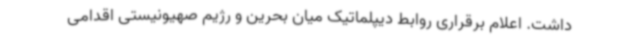
داشت. اعلام برقراری روابط دیپلماتیک میان بحرین و رژیم صهیونیستی اقدامی